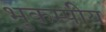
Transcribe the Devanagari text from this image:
भुकम्पीय